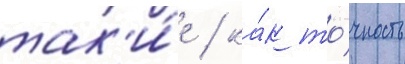
так'и́е / ка́к то́чность